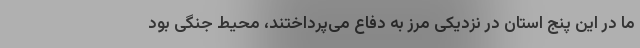
ما در این پنج استان در نزدیکی مرز به دفاع می‌پرداختند، محیط جنگی بود